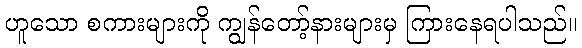
ဟူသော စကားများကို ကျွန်တော့်နားများမှ ကြားနေရပါသည်။